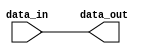
`timescale 1ns / 1ps
//////////////////////////////////////////////////////////////////////////////////
// Company: 
// Engineer: 
// 
// Design Name: 
// Module Name: CLK_Buffer
// Project Name: 
// Target Devices: 
// Tool Versions: 
// Description: 
// 
// Dependencies: 
// 
// Revision:
// Revision 0.01 - File Created
// Additional Comments:
// 
//////////////////////////////////////////////////////////////////////////////////


module CLK_Buffer(
    input data_in,
    output data_out
    );
    assign data_out=data_in;
endmodule